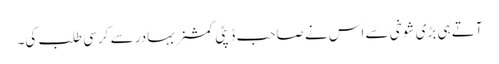
آتے ہی بڑی شوخی سے اس نے صاحب ڈپٹی کمشنر بہادر سے کرسی طلب کی۔